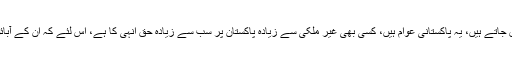
اب بات کرتے ہیں زائرین امام حسین و زائرین امام رضا کی، جو ایران و عراق جاتے ہیں، یہ پاکستانی عوام ہیں، کسی بھی غیر ملکی سے زیادہ پاکستان پر سب سے زیادہ حق انہی کا ہے، اس لئے کہ ان کے آبائو اجداد نے یہ پاکستان بنایا اور اس کے قیام کی جدوجہد میں اپنا سب کچھ لٹایا۔